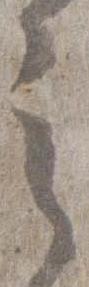
之